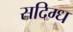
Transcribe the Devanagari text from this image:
सदिग्ध